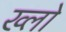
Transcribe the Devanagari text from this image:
ख्लो